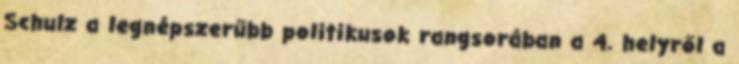
Schulz a legnépszerűbb politikusok rangsorában a 4. helyről a